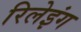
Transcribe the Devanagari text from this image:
रिलेइंग